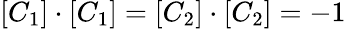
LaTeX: [C_{1}]\cdot[C_{1}]=[C_{2}]\cdot[C_{2}]=-1